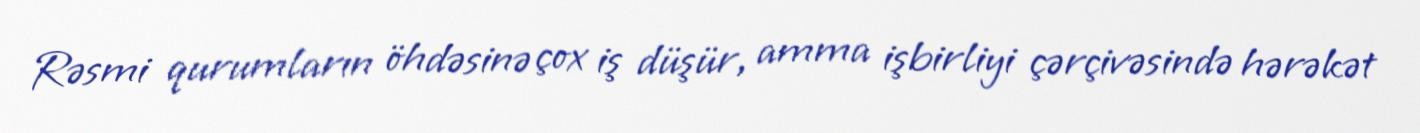
Rəsmi qurumların öhdəsinə çox iş düşür, amma işbirliyi çərçivəsində hərəkət